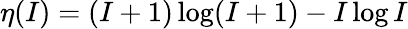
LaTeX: \eta(I)=(I+1)\log(I+1)-I\log I